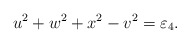
\begin{align*}u^2+w^2+x^2-v^2=\varepsilon_4.\end{align*}